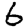
Digit: 6